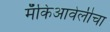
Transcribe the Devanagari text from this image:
मॅकिआवेलीचा